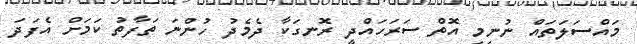
މައްސަލަތައް ނުނިމި އޮތް ސަރަހައްދީ ރޮނގަކާ ދެމެދު ހުންނަ ތަފާތު ކަމަށް އެފަދަ